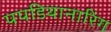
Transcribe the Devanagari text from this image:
पपडियानारिंग